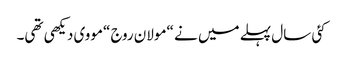
کئی سال پہلے میں نے “مولان روج “مووی دیکھی تھی۔